Annual report of the Prince of Wales Medical College, Patna
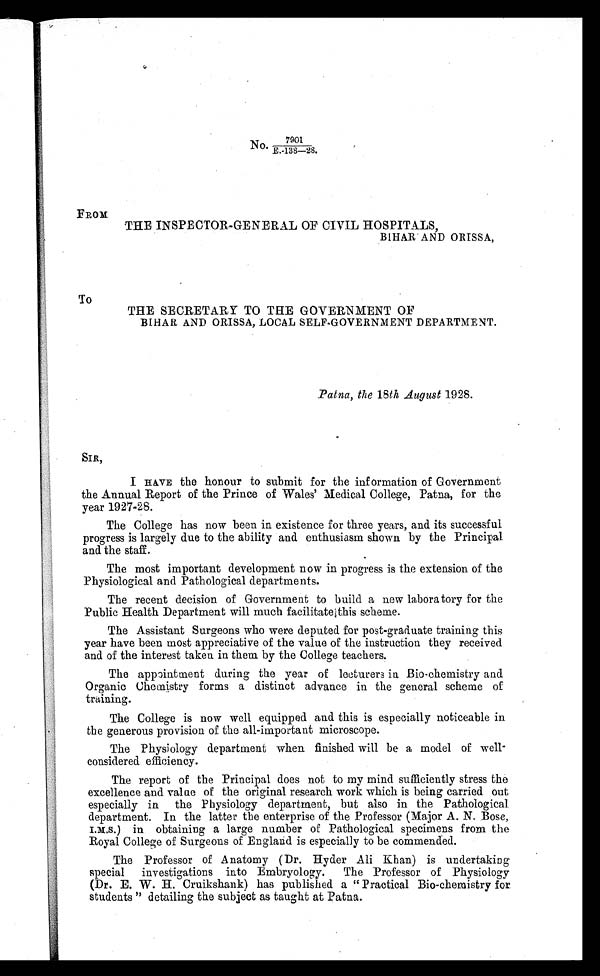
7901
N o
E . - 1 3 8 — 2 8 .
FROM
THE INSPECTOR-GENERAL OF CIVIL HOSPITALS,
BIHAR AND ORISSA,
To
THE SECRETARY TO THE GOVERNMENT OF
BIHAR AND ORISSA, LOCAL SELF-GOVERNMENT DEPARTMENT.
Patna, the 18th August 1928.
SIR,
I HAVE the honour to submit for the information of Government
the Annual Report of the Prince of Wales' Medical College, Patna, for the
year 1927-28.
The College has now been in existence for three years, and its successful
progress is largely due to the ability and enthusiasm shown by the Principal
and the staff.
The most important development now in progress is the extension of the
Physiological and Pathological departments.
The recent decision of Government to build a new laboratory for the
Public Health Department will much facilitate this scheme.
The Assistant Surgeons who were deputed for post-graduate training this
year have been most appreciative of the value of the instruction they received
and of the interest taken in them by the College teachers.
The appointment during the year of lecturers in Bio-chemistry and
Organic Chemistry forms a distinct advance in the general scheme of
training.
The College is now well equipped and this is especially noticeable in
the generous provision of the all-important microscope.
The Physiology department when finished will be a model of well°c
onsidered efficiency.
The report of the Principal does not to my mind sufficiently stress the
excellence and value of the original research work which is being carried out
especially in the Physiology department, but also in the Pathological
department. In the latter the enterprise of the Professor (Major A. N. Bose,
I.M.S.) in obtaining a large number of Pathological specimens from the
Royal College of Surgeons of England is especially to be commended.
The Professor of Anatomy (Dr. Hyder Ali Khan) is undertaking
special investigations into Embryology. The Professor of Physiology
(Dr. E. W. H. Cruikshank) has published a "Practical Bio-chemistry for
students" detailing the subject as taught at Patna.